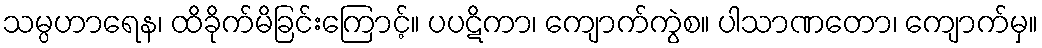
သမ္ပဟာရေန၊ ထိခိုက်မိခြင်းကြောင့်။ ပပဋိကာ၊ ကျောက်ကွဲစ။ ပါသာဏတော၊ ကျောက်မှ။